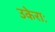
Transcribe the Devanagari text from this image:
उकेराः